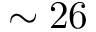
\sim 2 6